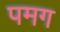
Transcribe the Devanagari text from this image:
पमग